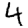
Digit: 4